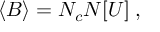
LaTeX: \langle B \rangle = N _ { c } N [ U ] \; ,